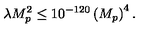
\lambda M _ { p } ^ { 2 } \leq 1 0 ^ { - 1 2 0 } \left( M _ { p } \right) ^ { 4 } .